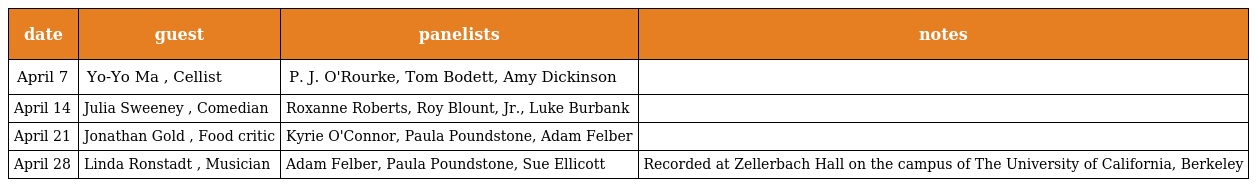
| date | guest | panelists | notes |
 | --- | --- | --- | --- |
 | April 7 | Yo-Yo Ma , Cellist | P. J. O'Rourke, Tom Bodett, Amy Dickinson |  |
 | April 14 | Julia Sweeney , Comedian | Roxanne Roberts, Roy Blount, Jr., Luke Burbank |  |
 | April 21 | Jonathan Gold , Food critic | Kyrie O'Connor, Paula Poundstone, Adam Felber |  |
 | April 28 | Linda Ronstadt , Musician | Adam Felber, Paula Poundstone, Sue Ellicott | Recorded at Zellerbach Hall on the campus of The University of California, Berkeley |